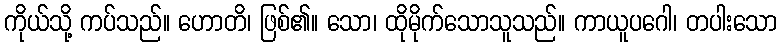
ကိုယ်သို့ ကပ်သည်။ ဟောတိ၊ ဖြစ်၏။ သော၊ ထိုမိုက်သောသူသည်။ ကာယူပဂေါ၊ တပါးသော